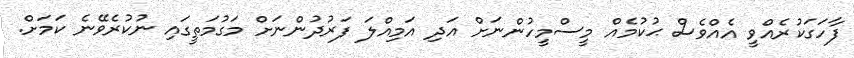
ފާހަގަކުރެއްވީ އެއްވެސް ޙުކުމެއް މީސްމީހުންނަށް އަދި އަމިއްލަ ފަރުދުންނަށް މަގުމަތީގައި ނުކުރެވޭނެ ކަމަށް.